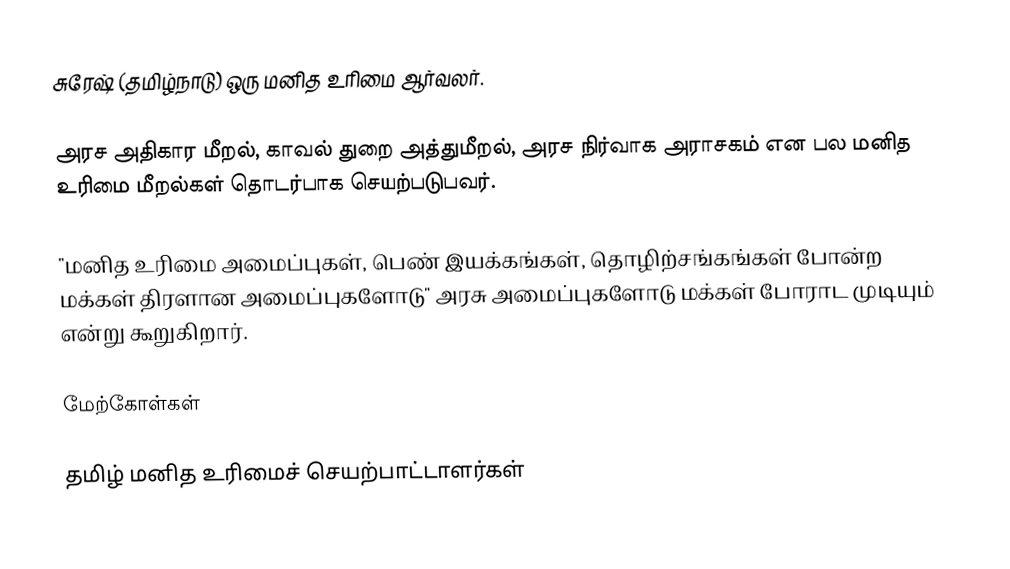
சுரேஷ் (தமிழ்நாடு) ஒரு மனித உரிமை ஆர்வலர்.

அரச அதிகார மீறல், காவல் துறை அத்துமீறல், அரச நிர்வாக அராசகம் என பல மனித உரிமை மீறல்கள் தொடர்பாக செயற்படுபவர்.

"மனித உரிமை அமைப்புகள், பெண் இயக்கங்கள், தொழிற்சங்கங்கள் போன்ற மக்கள் திரளான அமைப்புகளோடு" அரசு அமைப்புகளோடு மக்கள் போராட முடியும் என்று கூறுகிறார்.

மேற்கோள்கள்

தமிழ் மனித உரிமைச் செயற்பாட்டாளர்கள்